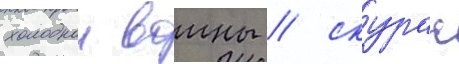
холоднои воины / скурас